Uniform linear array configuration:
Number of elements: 12
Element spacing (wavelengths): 0.5
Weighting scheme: blackman
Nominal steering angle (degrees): -30
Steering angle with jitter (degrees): -31.099
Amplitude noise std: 0.05
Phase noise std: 0.05

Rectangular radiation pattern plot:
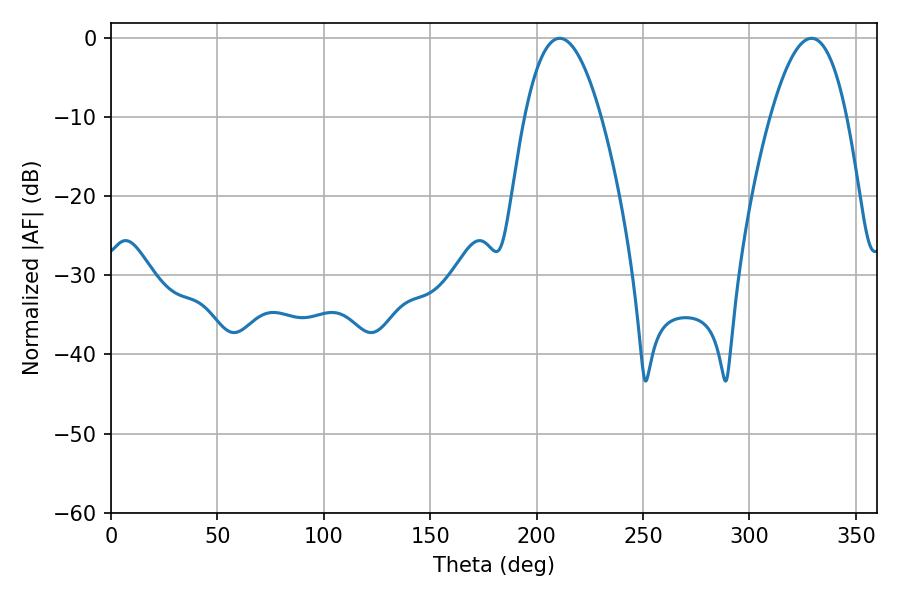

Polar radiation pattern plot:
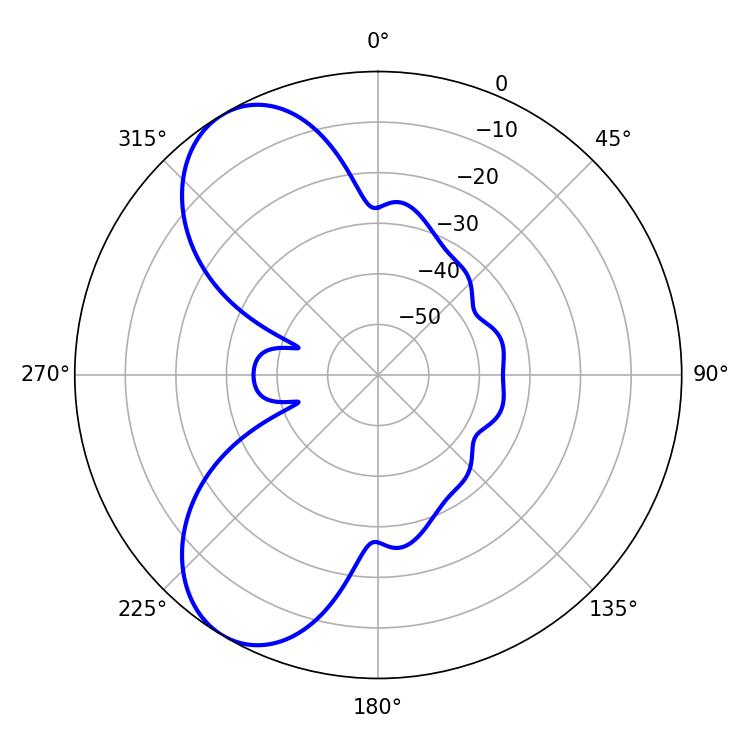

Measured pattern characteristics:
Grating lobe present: FALSE
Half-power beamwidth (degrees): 19.8
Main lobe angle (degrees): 210.78